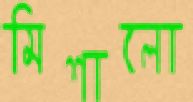
মিশালো